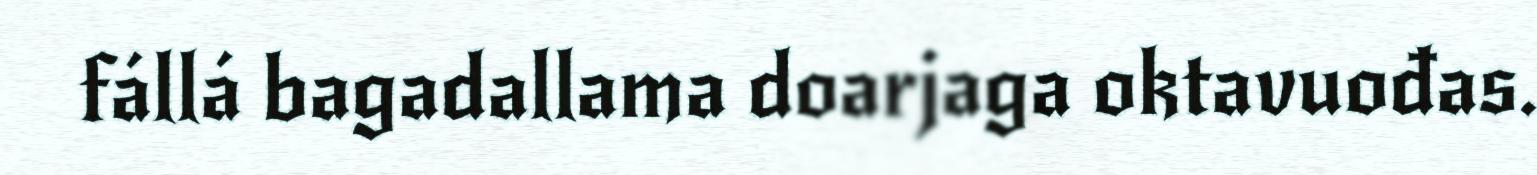
fállá bagadallama doarjaga oktavuođas.